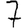
Digit: 7